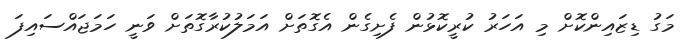
މަގު ޑިޒައިންކޮށް މި އަހަރު ކުރީކޮޅުން ފެށިގެން އެގޮތަށް އަމަލުކުރާގޮތަށް ވަނީ ހަމަޖައްސައިފަ